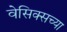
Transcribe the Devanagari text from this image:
वेसिक्सच्या